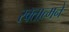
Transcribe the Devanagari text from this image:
रक्तात्मने